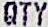
QTY